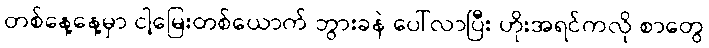
တစ်နေ့နေ့မှာ ငါ့မြေးတစ်ယောက် ဘွားခနဲ ပေါ်လာပြီး ဟိုးအရင်ကလို စာတွေ